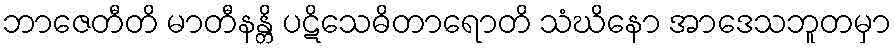
ဘာဇေတီတိ မာတီနန္တိ ပဋိသေဓိတာရောတိ သံဃိနော အာဒေသဘူတမှာ